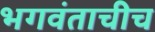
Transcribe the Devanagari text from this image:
भगवंताचीच